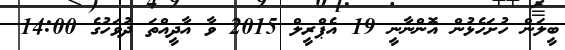
ބީލަން ހުށަހެޅުން އޮންނާނީ 19 އެޕްރީލް 2015 ވާ އާދީއްތަ ދުވަހުގެ 14:00